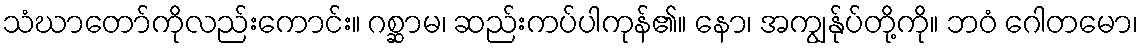
သံဃာတော်ကိုလည်းကောင်း။ ဂစ္ဆာမ၊ ဆည်းကပ်ပါကုန်၏။ နော၊ အကျွန်ုပ်တို့ကို။ ဘဝံ ဂေါတမော၊